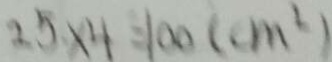
2 5 \times 4 = 1 0 0 ( c m ^ { 2 } )